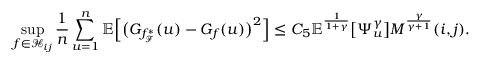
\operatorname* { s u p } _ { f \in \mathcal { H } _ { i j } } \frac { 1 } { n } \sum _ { u = 1 } ^ { n } \mathbb { E } \Big [ \big ( G _ { f _ { \mathcal { F } } ^ { * } } ( u ) - G _ { f } ( u ) \big ) ^ { 2 } \Big ] \leq C _ { 5 } \mathbb { E } ^ { \frac { 1 } { 1 + \gamma } } \big [ \Psi _ { u } ^ { \gamma } \big ] M ^ { \frac { \gamma } { \gamma + 1 } } ( i , j ) .